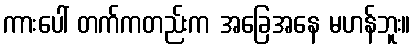
ကားပေါ် တက်ကတည်းက အခြေအနေ မဟန်ဘူး။